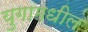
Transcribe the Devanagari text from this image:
युगामधील